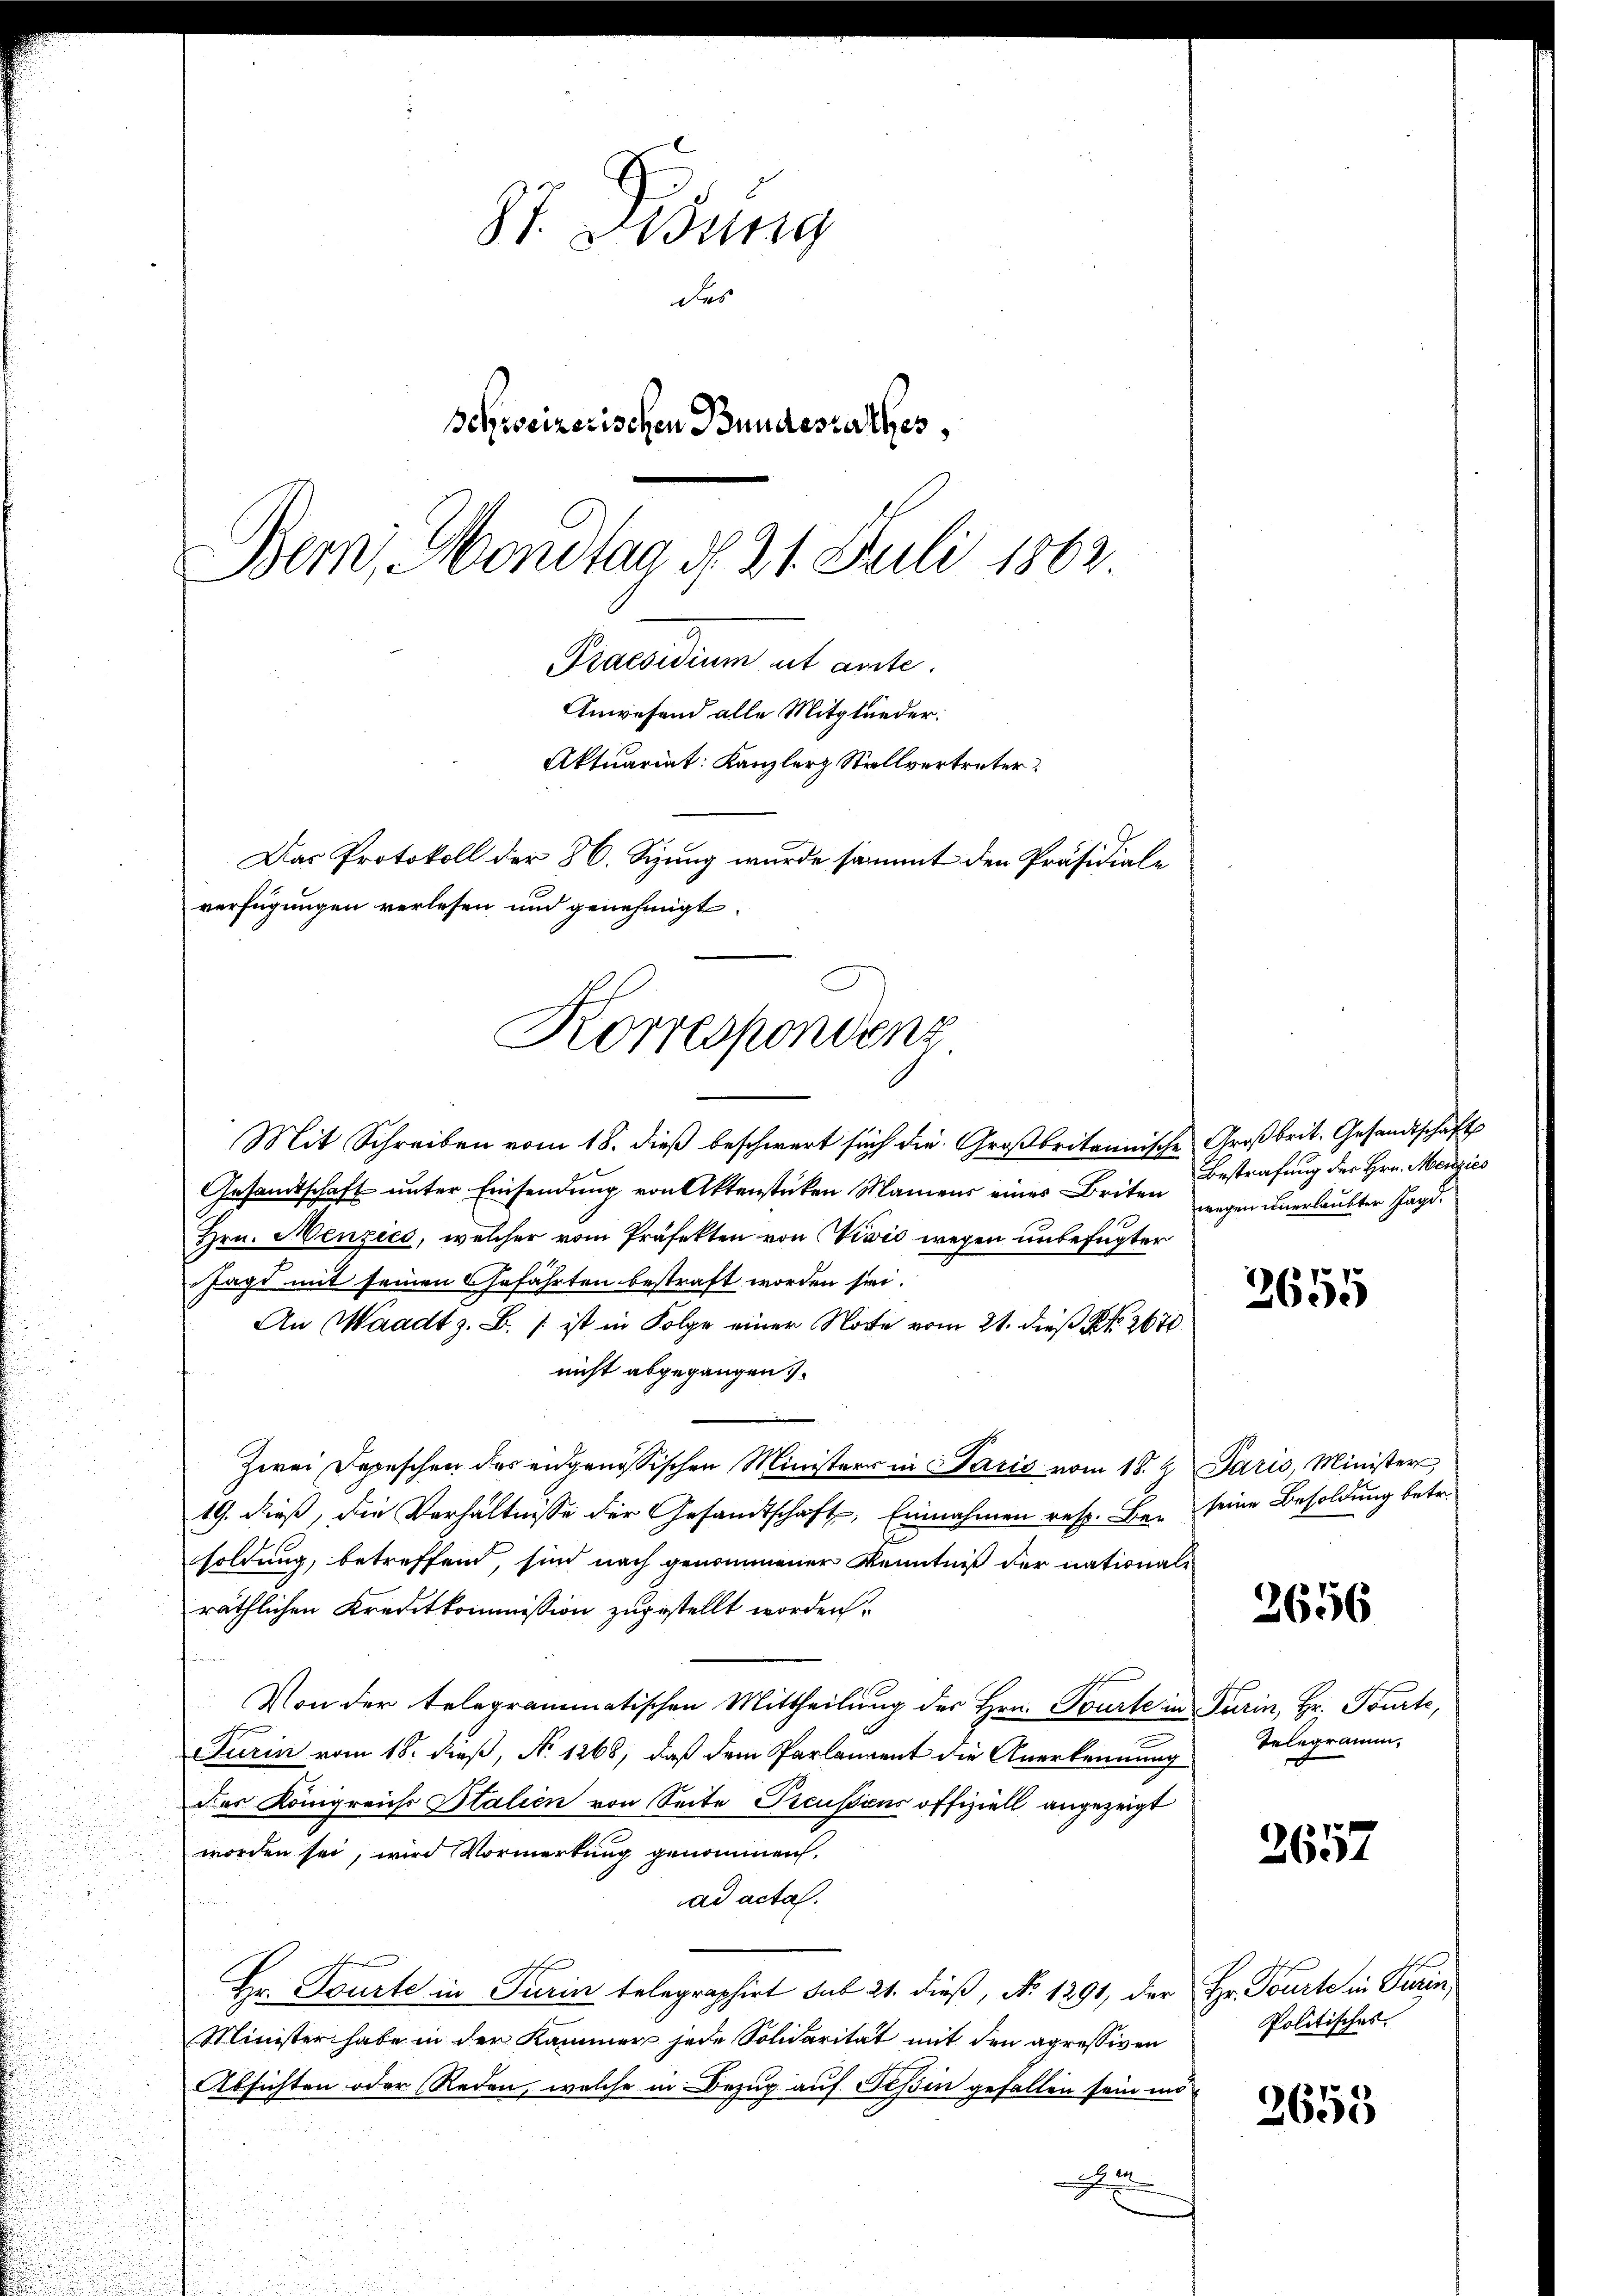
St. Gesung
des
Schweizerischen Bundesrathes,
Bern, Mondtag d. 21. Juli 1863
Praesidium ut ante.
Anwesend alle Mitglieder:
Aktuariat Kanzler Stellvertreter:

verfügungen verlesen und genehmigt.
Korrespondenz

Das Protokoll der 86. Sizung wurde sammt den Präsidiale

Mit Schreiben vom 18. dieβ beschwert sich die Großbritannische Großbrit. Gesandtschafts
Gesandtschaft unter Einsendung von Aktenstücken Maniens eines Briten
Hrn. Menzies, welcher vom Präfekten von Civić wegen unbefugter
Jagt mit seinen Gefährten bestraft worden sei.
An Waadt z. B. / ist in Folge einer Note vom 21. dieß Kk. 2670
nicht abgegangen.
Zwei Depeschen des eidgenössischen Minister in Paris vom 18. Z. Paris, Minister
19. dieß, die Verhältnisse der Gesandtschaft, Einnahmen resp. Bei seine Besoldung betr.
soldung, betreffend, sind nach genommener Kenntniß der national-
räthlichen Kreditkommission zugestellt worden.
Von der telegrammatischen Mittheilung des Hrn. Tourte in Turin, Hr. Tourte,
Turin vom 18. dieß, No. 1268, daß dem Parlament die Anerkennung
Des Königreichs Italien von Seite Preussions offiziell angezeigt
worden sei, wird Vormerkung genommen.
ad acta.
Hr. Tourte in Turin telegraphirt sub 21. dieß, No. 1291, der Hr. Tourte in Turin,
Minister habe in der Kammer jede Solidarität mit den apressiven
Absichten oder Reden, welche in Bezug auf Teßin gefallen sein mö¬

Bestrafung der Hrn. Menzies
wegen unerlaubter Jagd¬

3655

2656

Telegramm,

2657

2655

Politisches